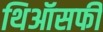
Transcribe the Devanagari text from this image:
थिऑसफी